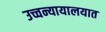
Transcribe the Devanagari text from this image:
उच्चन्यायालयात